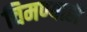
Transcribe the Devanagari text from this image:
चिमण्याही